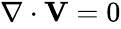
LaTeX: \begin{array}{r}{\nabla\cdot{\mathbf V}=0}\end{array}